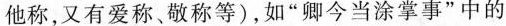
他称，又有爱称、敬称等)，如”卿今当涂掌事”中的